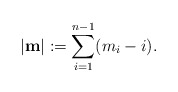
\begin{align*}\left|\mathbf{m}\right| := \sum_{i=1}^{n-1} (m_i-i).\end{align*}